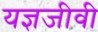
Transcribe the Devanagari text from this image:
यज्ञजीवी